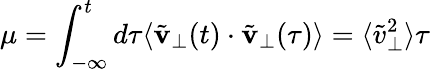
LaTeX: \mu=\int_{-\infty}^{t}d\tau\langle\tilde{{\mathbf v}}_{\perp}(t)\cdot\tilde{{\mathbf v}}_{\perp}(\tau)\rangle=\langle\tilde{v}_{\perp}^{2}\rangle\tau